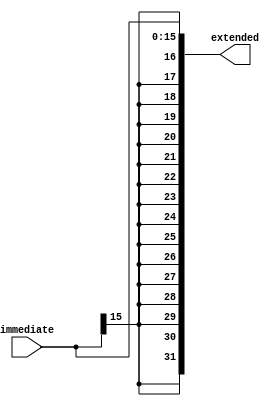
/* Sign Extender

Takes in a number of specified size, sign extends to specified width
*/

module sign_extend
    #(parameter width = 32, size = 16)
     (input [size-1:0] immediate,
      output [width-1:0] extended);

    assign extended = {{(width-size){immediate[size-1]}}, immediate};
endmodule